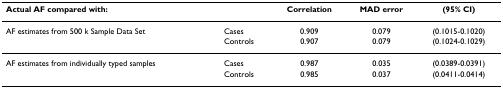
<table><thead><tr><td colspan="2"><b>Actual AF compared with:</b></td><td><b>Correlation</b></td><td><b>MAD error</b></td><td><b>(95% CI)</b></td></tr></thead><tbody><tr><td>AF estimates from 500 k Sample Data Set</td><td>Cases</td><td>0.909</td><td>0.079</td><td>(0.1015-0.1020)</td></tr><tr><td>[EMPTY_CELL]</td><td>Controls</td><td>0.907</td><td>0.079</td><td>(0.1024-0.1029)</td></tr><tr><td>AF estimates from individually typed samples</td><td>Cases</td><td>0.987</td><td>0.035</td><td>(0.0389-0.0391)</td></tr><tr><td>[EMPTY_CELL]</td><td>Controls</td><td>0.985</td><td>0.037</td><td>(0.0411-0.0414)</td></tr></tbody></table>